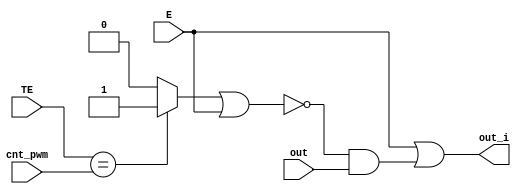
module out_logic

(
    input            E,
    input      [8:0] TE,
    input      [8:0] cnt_pwm,
    input            out,
    output           out_i
);

/*
    SI E=1 -> OUT=1, SI cnt_pwm[8:0] (PROVENIENTE DEL PWM REGS) = TE[8:0] COMP=1 
    Y E=0 -> OUT=0 Y SI E=0 Y COMP=0 OUT=OUT_ANT
*/

wire COMP;
wire NEGOR;

assign COMP = TE == cnt_pwm ? 1 : 0;
assign NEGOR = COMP ~| E;

assign out_i = E | NEGOR & out;

endmodule